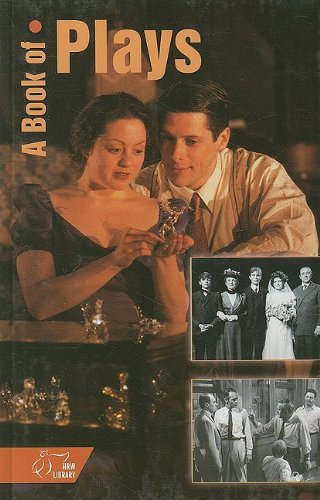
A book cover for Holt McDougal Library, High School with Connections: Individual Reader A Book of Pays; RINEHART AND WINSTON HOLT; Literature & Fiction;